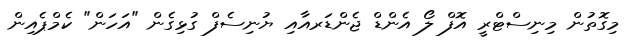
މިގޮތުން މިނިސްޓްރީ އޮފް ލޯ އެންޑް ޖެންޑަރއާއި ޔުނިސެފް ގުޅިގެން "އަހަން" ކެމްޕެއިން